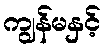
ကျွန်မနှင့်